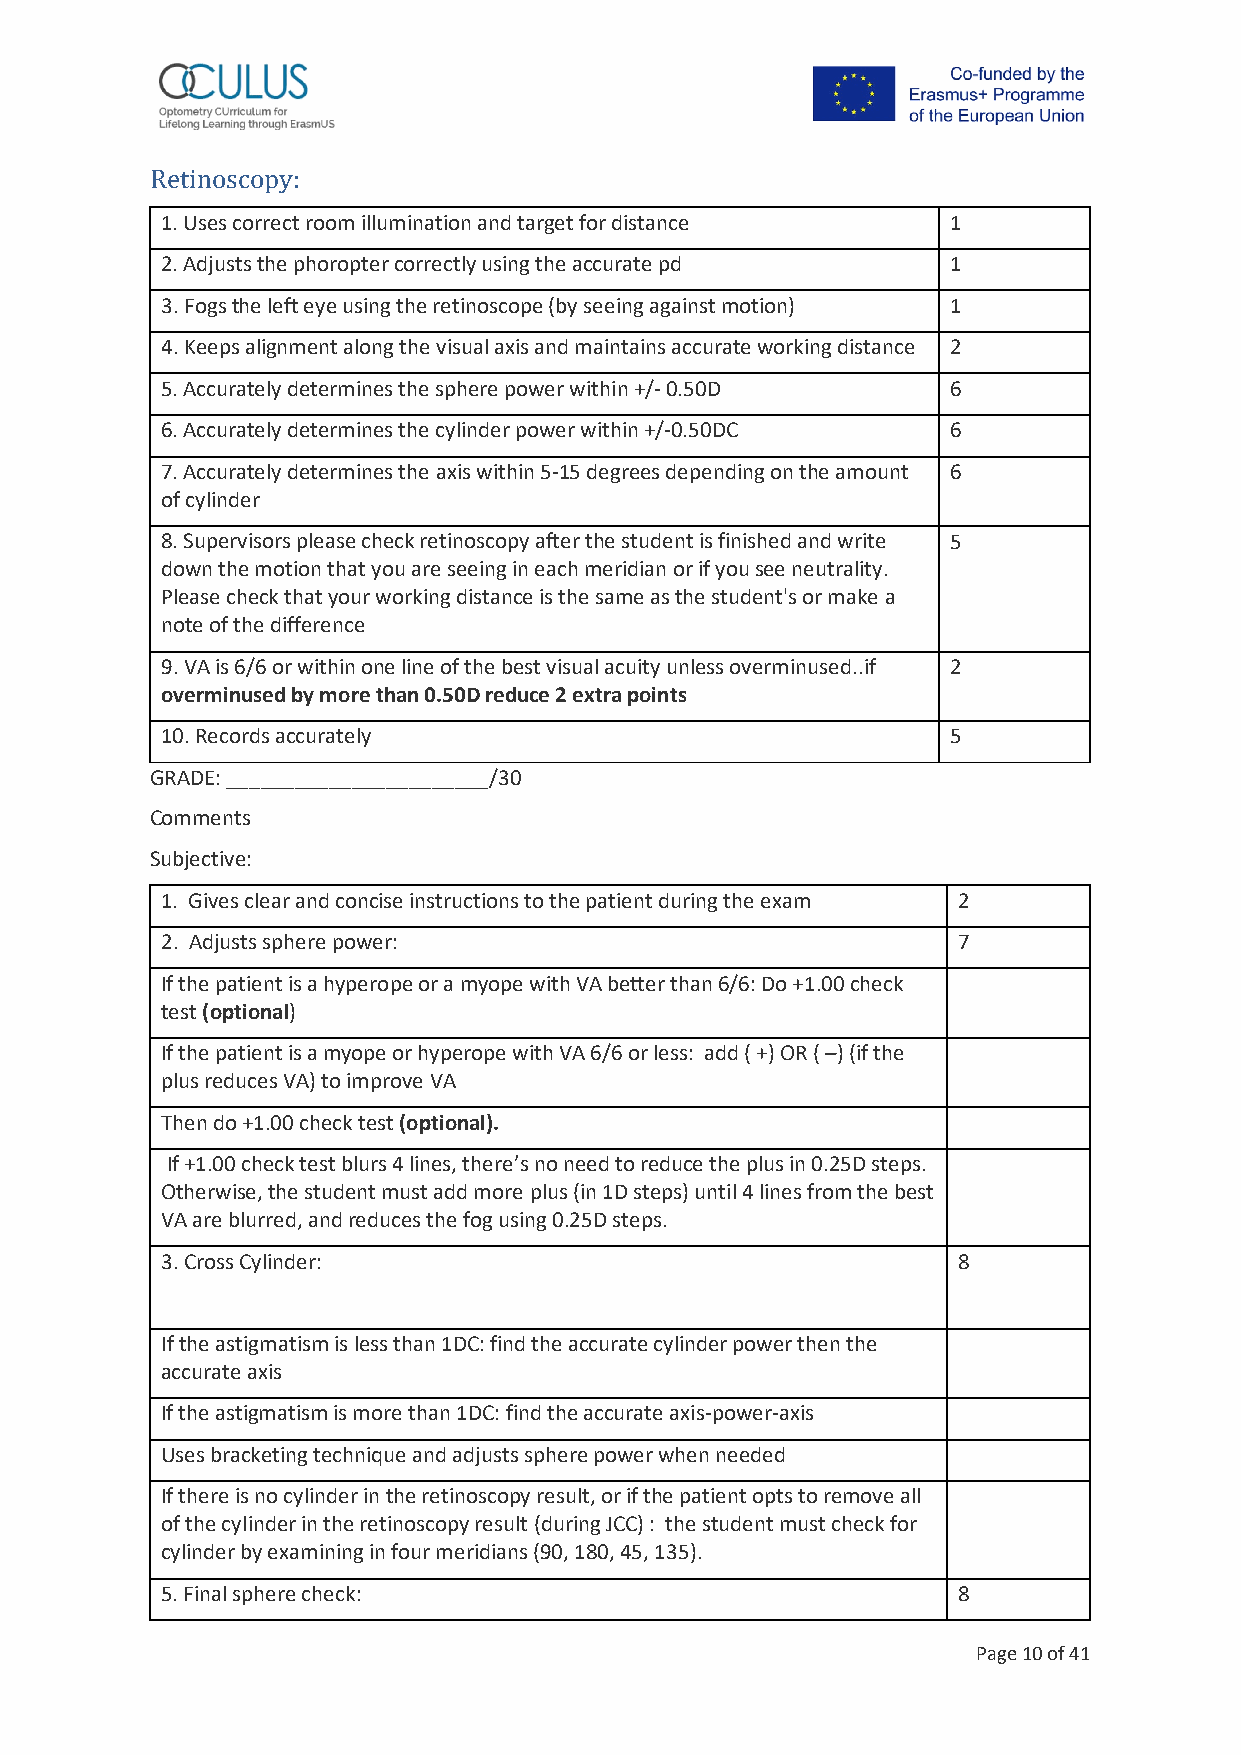
1. Uses correct room illumination and target for distance 1
 Retinoscopy:
 2. Adjusts the phoropter correctly using the accurate pd 1
 3. Fogs the left eye using the retinoscope (by seeing against motion) 1
 4. Keeps alignment along the visual axis and maintains accurate working distance 2
 5. Accurately determines the sphere power within +/- 0.50D 6
 6. Accurately determines the cylinder power within +/-0.50DC 6
 7. Accurately determines the axis within 5-15 degrees depending on the amount 6
 of cylinder
 8. Supervisors please check retinoscopy after the student is finished and write 5
 down the motion that you are seeing in each meridian or if you see neutrality.
 Please check that your working distance is the same as the student's or make a
 note of the difference
 9. VA is 6/6 or within one line of the best visual acuity unless overminused..if 2
 overminused by more than 0.50D reduce 2 extra points
 10. Records accurately                              5
 GRADE: _______________________/30
 Comments
 Subjective:
 1. Gives clear and concise instructions to the patient during the exam 2
 2. Adjusts sphere power:                            7
 If the patient is a hyperope or a myope with VA better than 6/6: Do +1.00 check
 test (optional)
 If the patient is a myope or hyperope with VA 6/6 or less: add ( +) OR ( –) (if the
 plus reduces VA) to improve VA
 Then do +1.00 check test (optional).
 If +1.00 check test blurs 4 lines, there’s no need to reduce the plus in 0.25D steps.
 Otherwise, the student must add more plus (in 1D steps) until 4 lines from the best
 VA are blurred, and reduces the fog using 0.25D steps.
 3. Cross Cylinder:                                  8
 If the astigmatism is less than 1DC: find the accurate cylinder power then the
 accurate axis
 If the astigmatism is more than 1DC: find the accurate axis-power-axis
 Uses bracketing technique and adjusts sphere power when needed
 If there is no cylinder in the retinoscopy result, or if the patient opts to remove all
 of the cylinder in the retinoscopy result (during JCC) : the student must check for
 cylinder by examining in four meridians (90, 180, 45, 135).
 5. Final sphere check:                              8
 Page 10 of 41